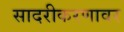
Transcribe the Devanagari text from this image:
सादरीकरणावर